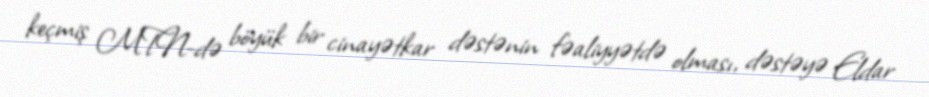
keçmiş MTN-də böyük bir cinayətkar dəstənin fəaliyyətdə olması, dəstəyə Eldar